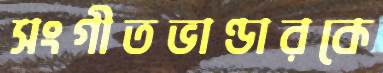
সংগীতভাণ্ডারকে